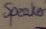
Text: Speaker